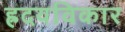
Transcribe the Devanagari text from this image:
ह्रदयविकार